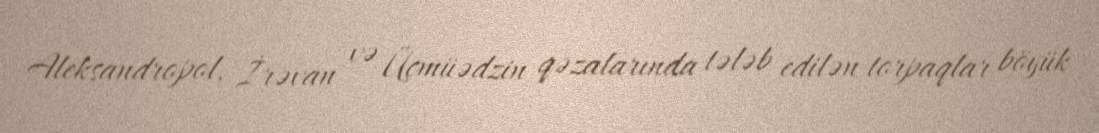
Aleksandropol, İrəvan və Üçmüədzin qəzalarında tələb edilən torpaqlar böyük